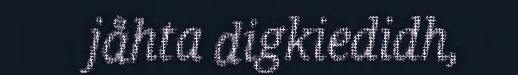
jåhta digkiedidh,